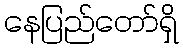
နေပြည်တော်ရှိ